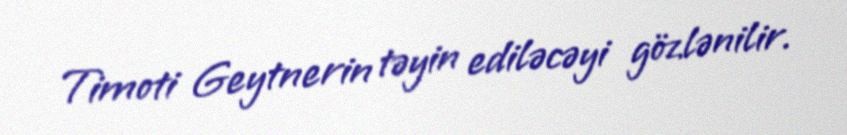
Timoti Geytnerin təyin ediləcəyi gözlənilir.